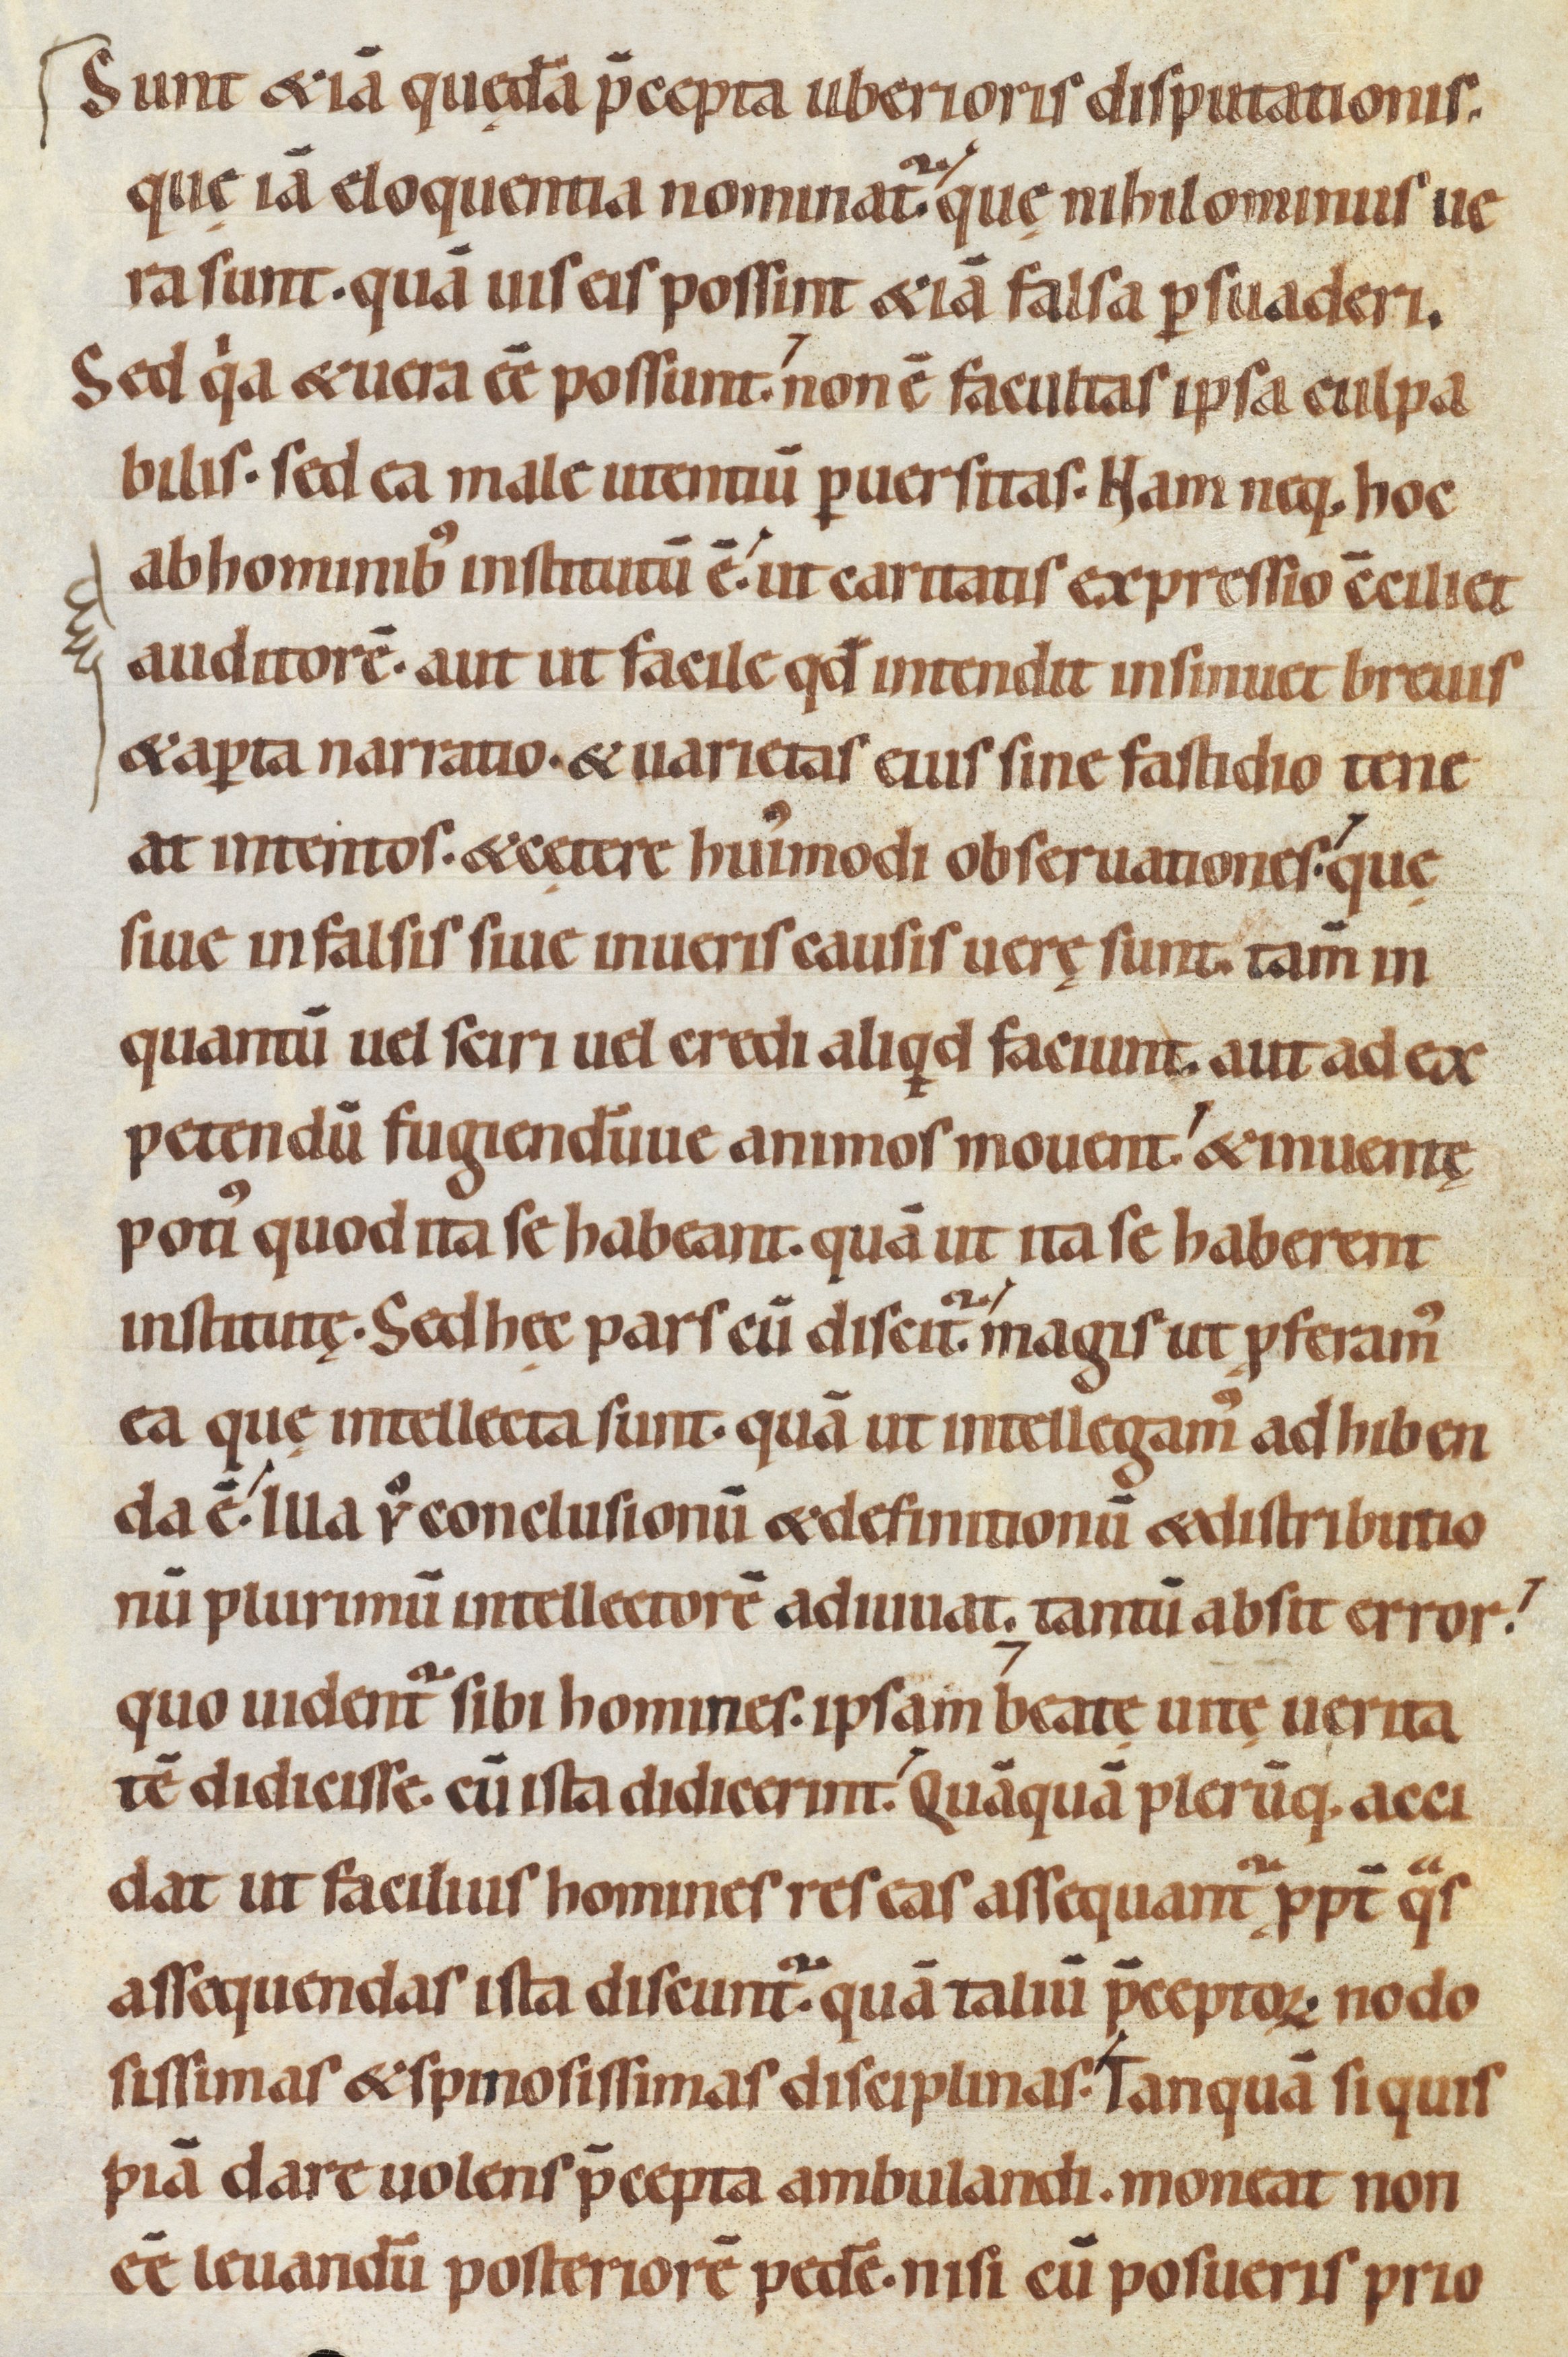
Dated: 1080–1096